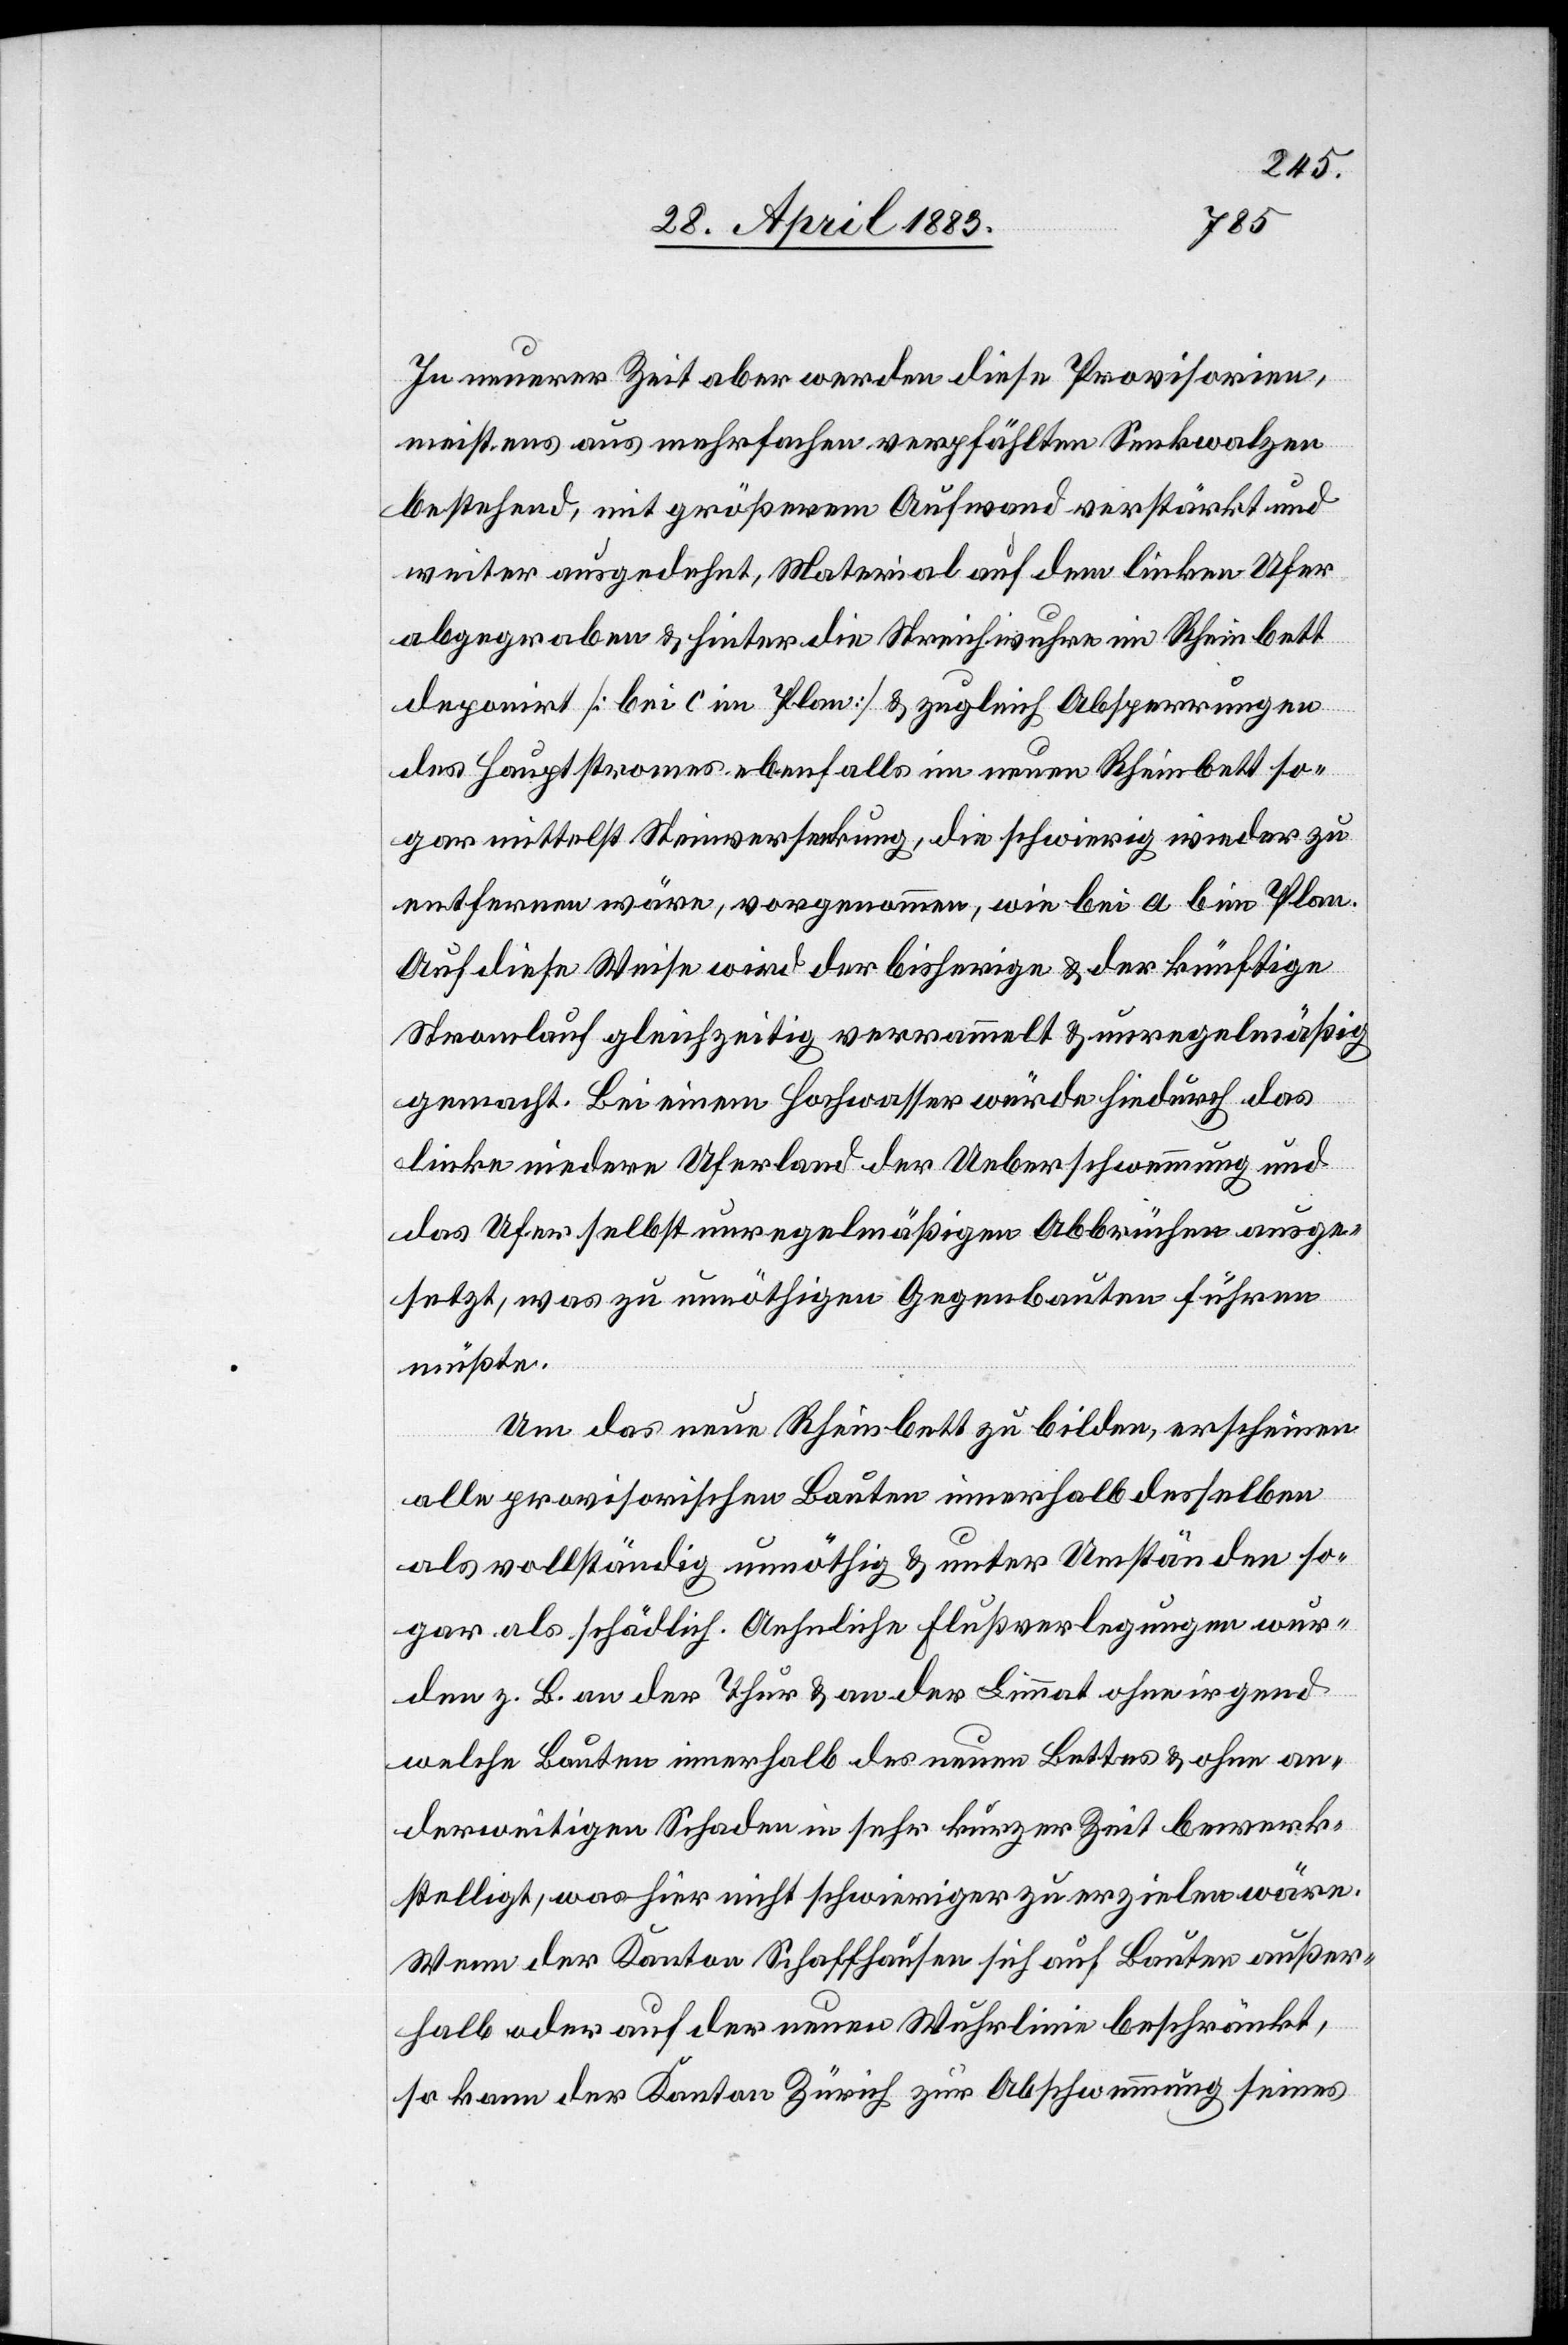
In unserer Zeit aber werden diese Provisorien,
meistens aus mehrfachen verpfählten Senkwalzen
bestehend, mit größerem Aufwand verstärkt und
weiter ausgedehnt, Material auf dem linken Ufer
abgegraben & hinter die Streichwuhre im Rheinbett
deponirt [bei c im Plan] & zugleich Absperrungen
des Hauptstromes ebenfalls im neuen Rheinbett so¬
gar mittelst Steinversenkung, die schwierig wieder zu
entfernen wäre, vorgenommen, wie bei a b im Plan.
Auf diese Weise wird der bisherige & der künftige
Stromlauf gleichzeitig versammelt & unregelmäßig
gemacht. Bei einem Hochwasser würde hiedurch das
linke niedere Uferland der Ueberschwemmung und
das Ufer selbst unregelmäßigen Abbrüchen ausge¬
setzt, was zu unnöthigen Gegenbauten führen
müßte.
Um das neue Rheinbett zu bilden, erscheinen
alle provisorischen Bauten innerhalb desselben
als vollständig unnöthig & unter Umständen so¬
gar als schädlich. Aehnliche Flußverlegungen wur¬
den z. B. an der Thur & an der Limmat ohne irgend
welche Bauten innerhalb des neuen Bettes & ohne an¬
derweitigen Schaden in sehr kürzerer Zeit bewerk¬
stelligt, was hier nicht schwieriger zu erzielen wäre.
Wenn der Kanton Schaffhausen sich auf Bauten außer¬
halb oder auf der neuen Wuhrlinie beschränkt,
so kann der Kanton Zürich zur Abschwemmung seines